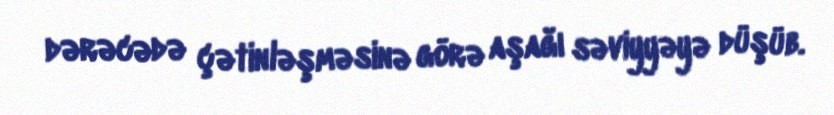
dərəcədə çətinləşməsinə görə aşağı səviyyəyə düşüb.